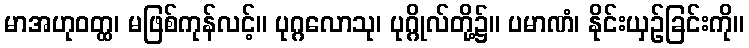
မာအဟုဝတ္ထ၊ မဖြစ်ကုန်လင့်။ ပုဂ္ဂလောသု၊ ပုဂ္ဂိုလ်တို့၌။ ပမာဏံ၊ နိုင်းယှဉ်ခြင်းကို။